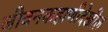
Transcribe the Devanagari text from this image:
जीवनकहाणीदेखील